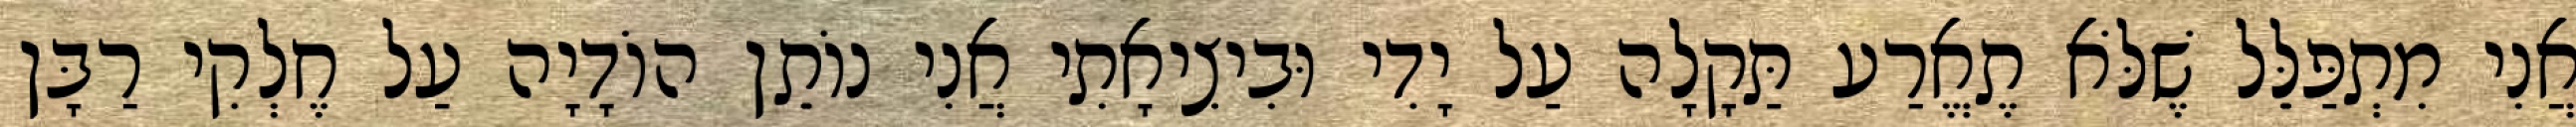
אֲנִי מִתְפַּלֵּל שֶׁלֹּא תֶאֱרַע תַּקָלָה עַל יָדִי וּבִיצִיאָתִי אֲנִי נוֹתֵן הוֹדָיָה עַל חֶלְקִי רַבָּן